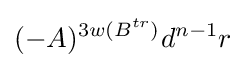
(-A)^{3w(B^{tr})}d^{n-1}r